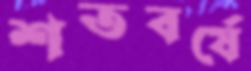
শতবর্ষে